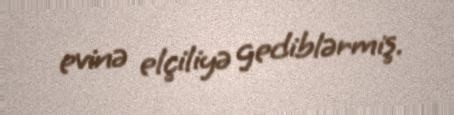
evinə elçiliyə gediblərmiş.